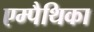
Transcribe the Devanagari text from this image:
एम्पैथिका